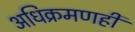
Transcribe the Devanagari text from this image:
अधिक्रमणही